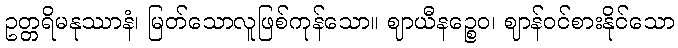
ဥတ္တရိမနုဿာနံ၊ မြတ်သောလူဖြစ်ကုန်သော။ ဈာယီနဉ္စေဝ၊ ဈာန်ဝင်စားနိုင်သော